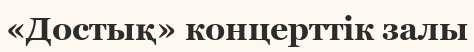
«Достық» концерттік залы